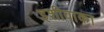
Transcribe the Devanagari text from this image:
इशीवाका